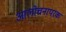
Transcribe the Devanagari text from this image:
आलोचनापरक